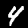
Label: 4